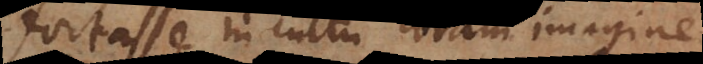
fortasse in cultu coram imagine